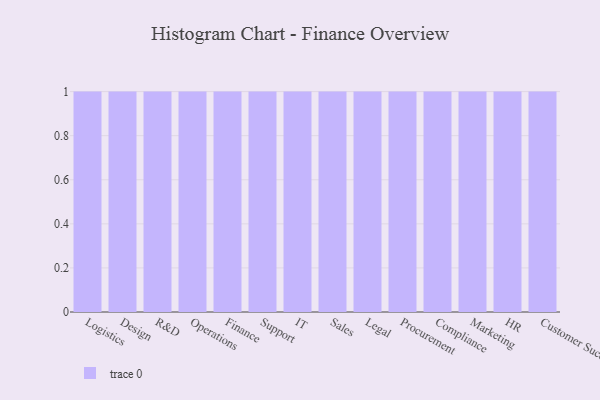
{"axis": {"x": "Department", "y": "Production Output"}, "legend": [""], "data": [{"x": "Logistics", "y": 98, "type": ""}, {"x": "Design", "y": 39, "type": ""}, {"x": "R&D", "y": 76, "type": ""}, {"x": "Operations", "y": 80, "type": ""}, {"x": "Finance", "y": 83, "type": ""}, {"x": "Support", "y": 63, "type": ""}, {"x": "IT", "y": 90, "type": ""}, {"x": "Sales", "y": 11, "type": ""}, {"x": "Legal", "y": 70, "type": ""}, {"x": "Procurement", "y": 78, "type": ""}, {"x": "Compliance", "y": 50, "type": ""}, {"x": "Marketing", "y": 81, "type": ""}, {"x": "HR", "y": 28, "type": ""}, {"x": "Customer Success", "y": 23, "type": ""}]}